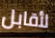
لأقابل